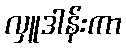
လှူဒါန်းကာ